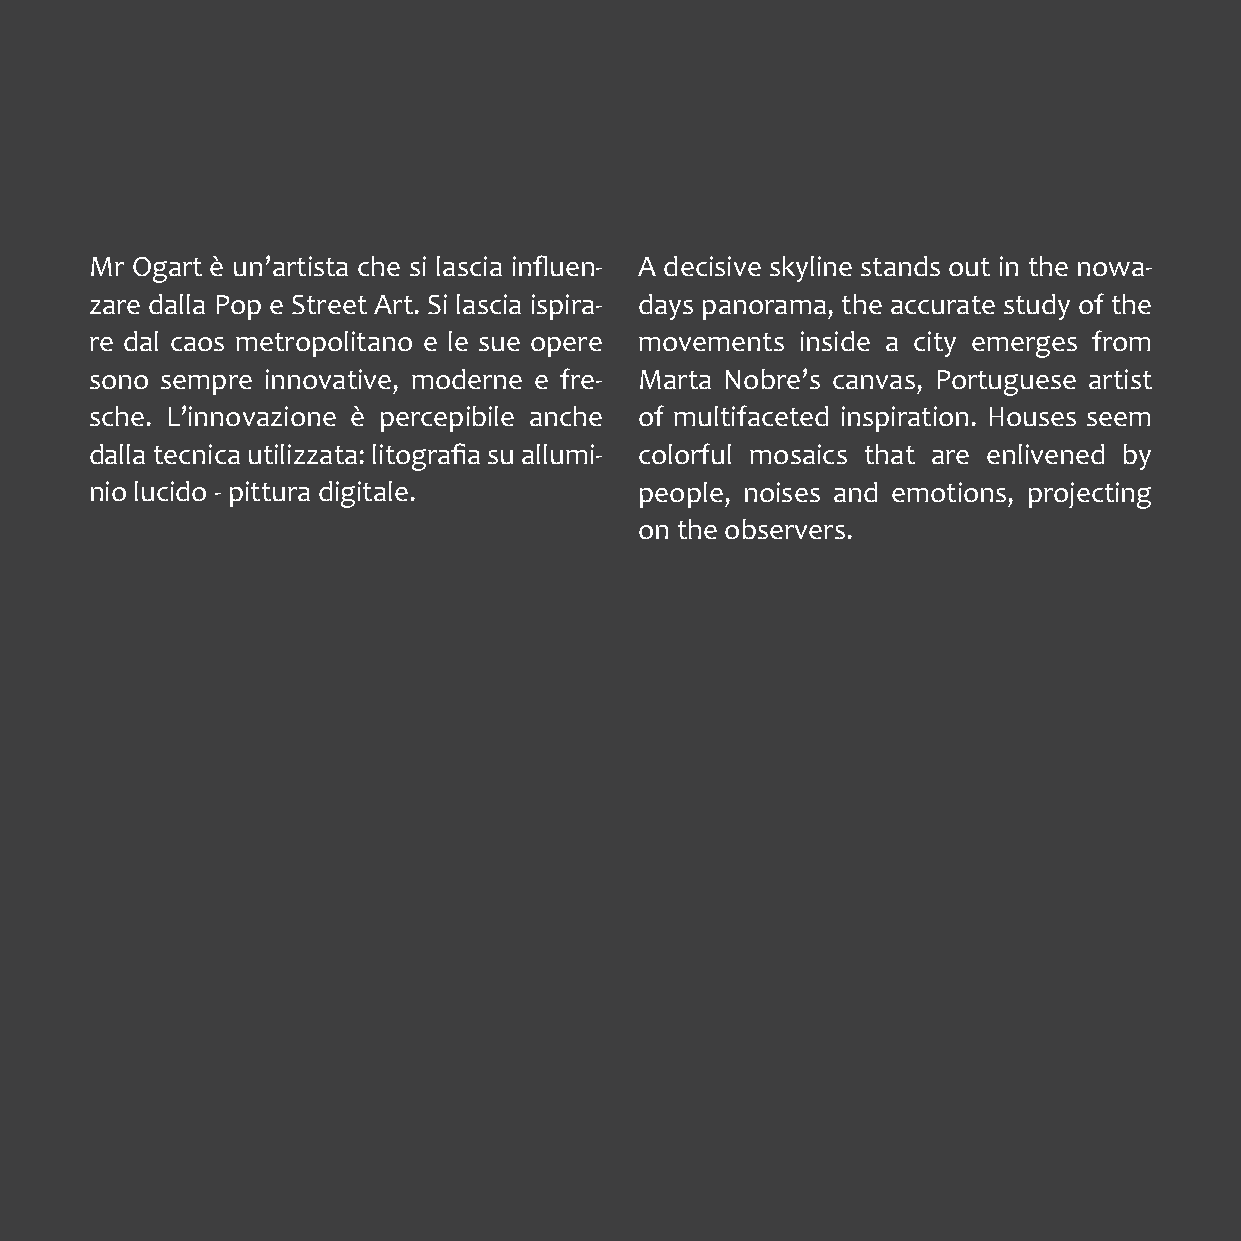
Mr Ogart è un’artista che si lascia influen- A decisive skyline stands out in the nowa-
 zare dalla Pop e Street Art. Si lascia ispira- days panorama, the accurate study of the
 re dal caos metropolitano e le sue opere movements inside a city emerges from
 sono sempre innovative, moderne e fre- Marta Nobre’s canvas, Portuguese artist
 sche. L’innovazione è percepibile anche of multifaceted inspiration. Houses seem
 dalla tecnica utilizzata: litografia su allumi- colorful mosaics that are enlivened by
 nio lucido - pittura digitale.      people, noises and emotions, projecting
 on the observers.